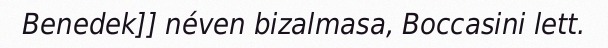
Benedek]] néven bizalmasa, Boccasini lett.